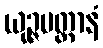
ယုဉ္ဇမတ္တာနံ